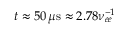
t \approx 5 0 \, \mu \mathrm { s } \approx 2 . 7 8 \nu _ { e e } ^ { - 1 }